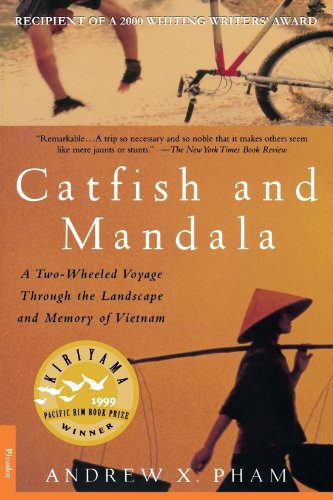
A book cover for Catfish and Mandala: A Two-Wheeled Voyage Through the Landscape and Memory of Vietnam; Andrew X. Pham; Biographies & Memoirs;